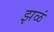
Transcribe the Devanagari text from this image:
झळं